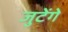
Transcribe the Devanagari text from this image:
जुटेंगे